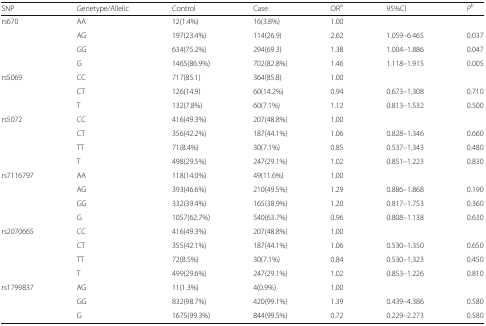
<table><thead><tr><td><b>SNP</b></td><td><b>Genetype/Allelic</b></td><td><b>Control</b></td><td><b>Case</b></td><td><b>OR<sup><i>a</i></sup></b></td><td><b>95%CI</b></td><td><b><i>P</i><sup><i>b</i></sup></b></td></tr></thead><tbody><tr><td rowspan="4">rs670</td><td>AA</td><td>12(1.4%)</td><td>16(3.8%)</td><td>1.00</td><td></td><td></td></tr><tr><td>AG</td><td>197(23.4%)</td><td>114(26.9)</td><td>2.62</td><td>1.059–6.465</td><td>0.037</td></tr><tr><td>GG</td><td>634(75.2%)</td><td>294(69.3)</td><td>1.38</td><td>1.004–1.886</td><td>0.047</td></tr><tr><td>G</td><td>1465(86.9%)</td><td>702(82.8%)</td><td>1.46</td><td>1.118–1.915</td><td>0.005</td></tr><tr><td rowspan="3">rs5069</td><td>CC</td><td>717(85.1)</td><td>364(85.8)</td><td>1.00</td><td></td><td></td></tr><tr><td>CT</td><td>126(14.9)</td><td>60(14.2%)</td><td>0.94</td><td>0.673–1.308</td><td>0.710</td></tr><tr><td>T</td><td>132(7.8%)</td><td>60(7.1%)</td><td>1.12</td><td>0.813–1.532</td><td>0.500</td></tr><tr><td rowspan="4">rs5072</td><td>CC</td><td>416(49.3%)</td><td>207(48.8%)</td><td>1.00</td><td></td><td></td></tr><tr><td>CT</td><td>356(42.2%)</td><td>187(44.1%)</td><td>1.06</td><td>0.828–1.346</td><td>0.660</td></tr><tr><td>TT</td><td>71(8.4%)</td><td>30(7.1%)</td><td>0.85</td><td>0.537–1.343</td><td>0.480</td></tr><tr><td>T</td><td>498(29.5%)</td><td>247(29.1%)</td><td>1.02</td><td>0.851–1.223</td><td>0.830</td></tr><tr><td rowspan="4">rs7116797</td><td>AA</td><td>118(14.0%)</td><td>49(11.6%)</td><td>1.00</td><td></td><td></td></tr><tr><td>AG</td><td>393(46.6%)</td><td>210(49.5%)</td><td>1.29</td><td>0.886–1.868</td><td>0.190</td></tr><tr><td>GG</td><td>332(39.4%)</td><td>165(38.9%)</td><td>1.20</td><td>0.817–1.753</td><td>0.360</td></tr><tr><td>G</td><td>1057(62.7%)</td><td>540(63.7%)</td><td>0.96</td><td>0.808–1.138</td><td>0.630</td></tr><tr><td rowspan="4">rs2070665</td><td>CC</td><td>416(49.3%)</td><td>207(48.8%)</td><td>1.00</td><td></td><td></td></tr><tr><td>CT</td><td>355(42.1%)</td><td>187(44.1%)</td><td>1.06</td><td>0.530–1.350</td><td>0.650</td></tr><tr><td>TT</td><td>72(8.5%)</td><td>30(7.1%)</td><td>0.84</td><td>0.530–1.323</td><td>0.450</td></tr><tr><td>T</td><td>499(29.6%)</td><td>247(29.1%)</td><td>1.02</td><td>0.853–1.226</td><td>0.810</td></tr><tr><td rowspan="3">rs1799837</td><td>AG</td><td>11(1.3%)</td><td>4(0.9%)</td><td>1.00</td><td></td><td></td></tr><tr><td>GG</td><td>832(98.7%)</td><td>420(99.1%)</td><td>1.39</td><td>0.439–4.386</td><td>0.580</td></tr><tr><td>G</td><td>1675(99.3%)</td><td>844(99.5%)</td><td>0.72</td><td>0.229–2.273</td><td>0.580</td></tr></tbody></table>